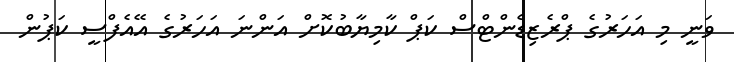
ވަނީ މި އަހަރުގެ ޕްރެޒިޑެންޓްސް ކަޕް ކާމިޔާބުކޮށް އަންނަ އަހަރުގެ އޭއެފްސީ ކަޕުން